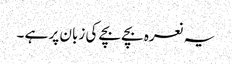
یہ نعرہ بچے بچے کی زبان پر ہے ۔